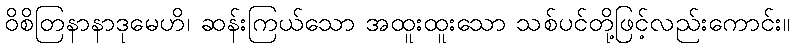
ဝိစိတြနာနာဒုမေဟိ၊ ဆန်းကြယ်သော အထူးထူးသော သစ်ပင်တို့ဖြင့်လည်းကောင်း။